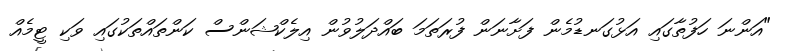
"އަންނަ ހަފުތާގައި އަޅުގަނޑުމެން ފަށާނަން ފުރަތަމަ ބައްދަލުވުން އިލެކްޝަންސް ކަންތައްތަކުގައި ވަކި ޓީމެއް